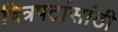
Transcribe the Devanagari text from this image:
चित्रपटांसांठी